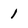
Character: 1